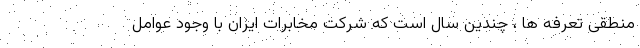
منطقی تعرفه ها ، چندین سال است که شرکت مخابرات ایران با وجود عوامل